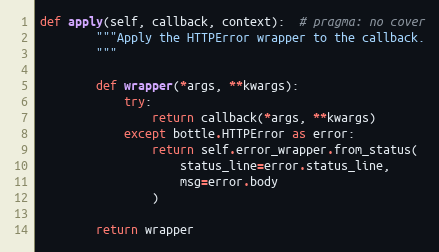
Language: Python
def apply(self, callback, context):  # pragma: no cover
        """Apply the HTTPError wrapper to the callback.
        """

        def wrapper(*args, **kwargs):
            try:
                return callback(*args, **kwargs)
            except bottle.HTTPError as error:
                return self.error_wrapper.from_status(
                    status_line=error.status_line,
                    msg=error.body
                )

        return wrapper